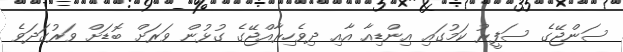
ސަންޖޭގެ ސަފީރު ކަމުގައި އިންޑިއާ އާއި ދިވެހިރާއްޖޭގެ ގުޅުން ވަރަށް ބޮޑަށް ވަރުގަދަވެ